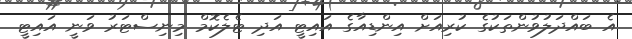
އެ ބައްދަލުވުންތަކުގެ ކުރިއަށް އިންޑިއާގެ އައިޓީ އަދި ޓެލެކޮމް މިނިސްޓަރު ވަނީ އައިޓީ